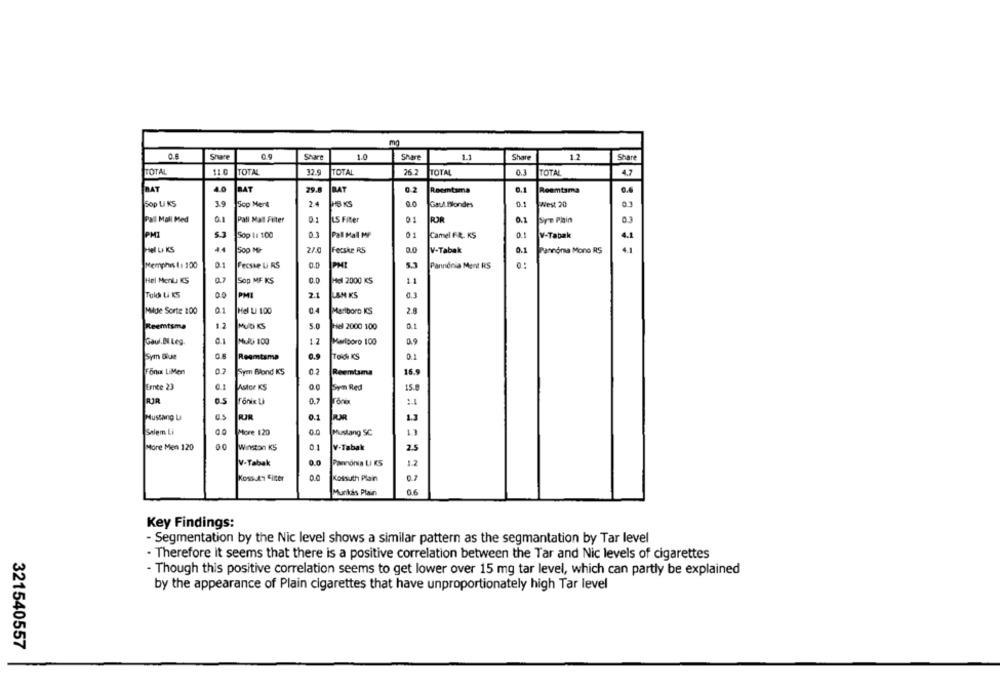
Share
1.0
1.1
Share
12
Share
TOTAL
110
TOTAL
32.
TOTAL
26
TOTAL
0.3
TOTAL
47
BAT
BAT
29.
BAT
0.2
Reemtsma
0.1
Reemtsma
Sop LI KS
3.9
Sop Mert
24
18 KS
Gaul Blondes
0.1
WWest 20
Pall Mall Med
QI
Pall Mal Filter
01
LS Fiter
01
POR
0.1
Sre Pain
0.3
PMI
5.3
Sop L: 100
Pall Mall MP
01
Camel FR. KS
V-Tabak
4.1
el La KS
44
Sop Mir
2/.
Ferske RS
0.0
0.1
Pannona Mono RS
4.1
V-Tabak
5.3
Memphis 1: 100
0.1
Fecske U RS
0.0
PMI
Pannónia Ment RS
Hel MenL KS
Sop MF KS
0.0
Hel 2000 KS
1.1
Told Li KS
00
PM
2.1
LAN KS
Mide Sorte 100
01
Hel LJ 100
04
Marlboro KS
1.2
MUD KS
5.0
Reemtsma
Hel 2000 100
1.7
Gaul.Bl Leg.
0.1
HURL 100
Marlboro 100
0.5
Sym Blue
Reemtsma
0.9
TOdi KS
0.1
Fonix LiMen
07
Syen Blond KS
0.2
Reemtsma
16.
Ernte 23
Astor KS
0.0
Syn Red
15.8
RJR
Tőnix Li
0.7
Mustang La
0.1
PUR
Salem Li
00
More 120
00
Mustang SC
13
More Men 120
Winston KS
0.1
V-Tabak
2.
V-Tabak
0.0
Pannónia LI KS
12
02
KossAT Sitter
Kossuth Plain
Munkás Plain
Key Findings:
- Segmentation by the Nic level shows a similar pattern as the segmantation by Tar level
. Therefore it seems that there is a positive correlation between the Tar and Nic levels of cigarettes
- Though this positive correlation seems to get lower over 15 mg tar level, which can partly be explained
by the appearance of Plain cigarettes that have unproportionately high Tar level
321540557